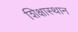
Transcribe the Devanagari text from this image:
शिक्षास्थान